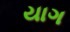
યાગ